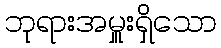
ဘုရားအမှူးရှိသော